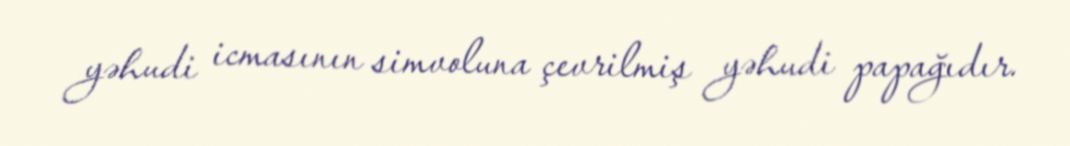
yəhudi icmasının simvoluna çevrilmiş yəhudi papağıdır.